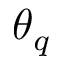
\theta _ { q }